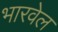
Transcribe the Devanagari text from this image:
भारवेल